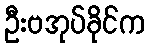
ဦးဗအုပ်ခိုင်က